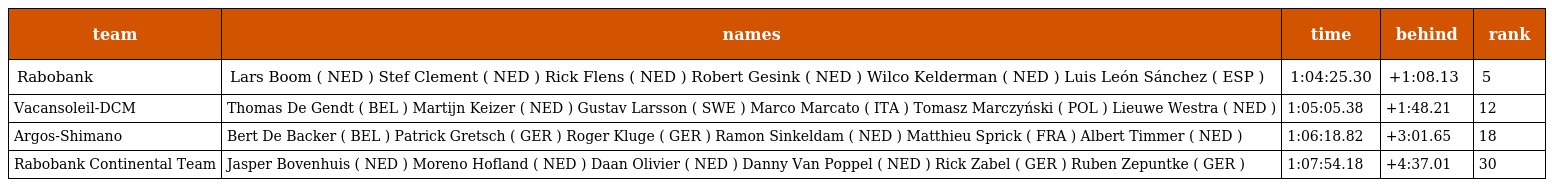
| team | names | time | behind | rank |
 | --- | --- | --- | --- | --- |
 | Rabobank | Lars Boom ( NED ) Stef Clement ( NED ) Rick Flens ( NED ) Robert Gesink ( NED ) Wilco Kelderman ( NED ) Luis León Sánchez ( ESP ) | 1:04:25.30 | +1:08.13 | 5 |
 | Vacansoleil-DCM | Thomas De Gendt ( BEL ) Martijn Keizer ( NED ) Gustav Larsson ( SWE ) Marco Marcato ( ITA ) Tomasz Marczyński ( POL ) Lieuwe Westra ( NED ) | 1:05:05.38 | +1:48.21 | 12 |
 | Argos-Shimano | Bert De Backer ( BEL ) Patrick Gretsch ( GER ) Roger Kluge ( GER ) Ramon Sinkeldam ( NED ) Matthieu Sprick ( FRA ) Albert Timmer ( NED ) | 1:06:18.82 | +3:01.65 | 18 |
 | Rabobank Continental Team | Jasper Bovenhuis ( NED ) Moreno Hofland ( NED ) Daan Olivier ( NED ) Danny Van Poppel ( NED ) Rick Zabel ( GER ) Ruben Zepuntke ( GER ) | 1:07:54.18 | +4:37.01 | 30 |